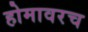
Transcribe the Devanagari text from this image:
होमावरच